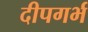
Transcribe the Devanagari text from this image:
दीपगर्भ